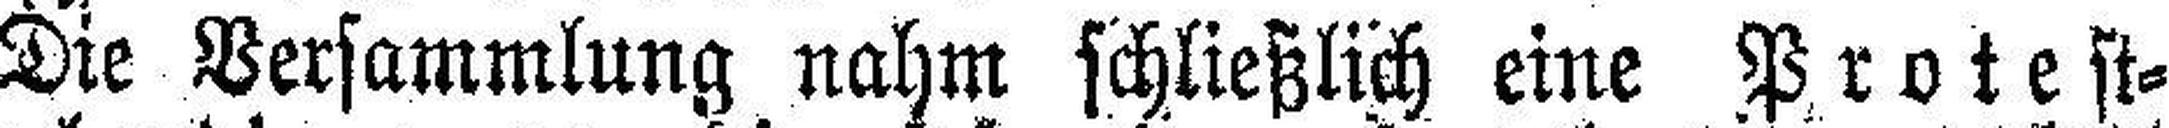
Die Versammlung nahm schließlich eine Protest¬